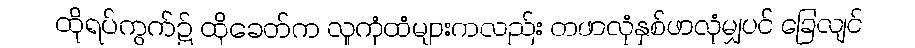
ထိုရပ်ကွက်၌ ထိုခေတ်က လူကုံထံများကလည်း တဖာလုံနှစ်ဖာလုံမျှပင် ခြေလျင်